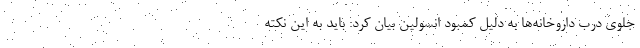
جلوی درب داروخانه‌ها به دلیل کمبود انسولین بیان کرد: باید به این نکته